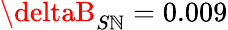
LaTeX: \deltaB_{S\mathbb{N}}=0.009